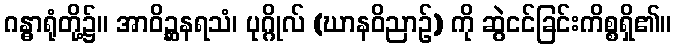
ဂန္ဓာရုံတို့၌။ အာဝိဉ္ဆနရသံ၊ ပုဂ္ဂိုလ် (ဃာနဝိညာဉ်) ကို ဆွဲငင်ခြင်းကိစ္စရှိ၏။